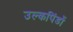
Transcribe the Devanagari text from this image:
उल्कपिंडों